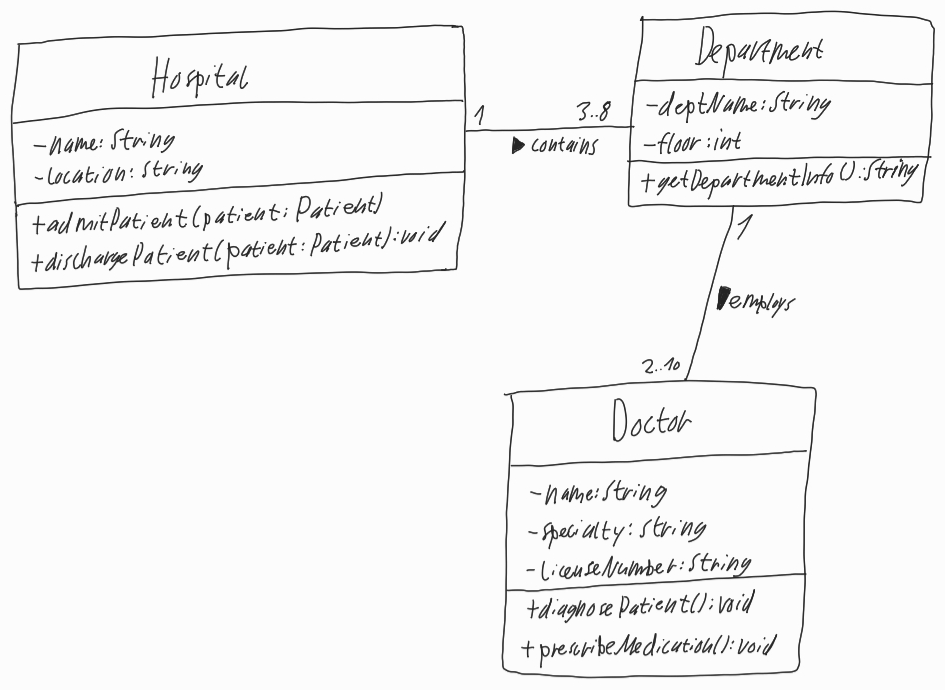
Diagram type: class_diagram
```plantuml
@startuml

class Hospital {
  - name: String
  - location: String
  + admitPatient(patient: Patient)
  + dischargePatient(patient: Patient): void
}

class Department {
  - deptName: String
  - floor: int
  + getDepartmentInfo(): String
}

class Doctor {
  - name: String
  - specialty: String
  - licenseNumber: String
  + diagnosePatient(): void
  + prescribeMedication(): void
}

Hospital "1" -- "3..8" Department : contains >

Department "1" -- "2..10" Doctor : employs >

@enduml
```